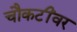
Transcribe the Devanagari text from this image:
चौकटींवर